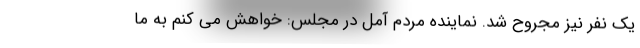
یک نفر نیز مجروح شد. نماینده مردم آمل در مجلس: خواهش می کنم به ما